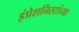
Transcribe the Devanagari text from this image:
इंप्रेशनिस्टांच्या